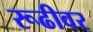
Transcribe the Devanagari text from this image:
रूढीवर